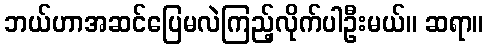
ဘယ်ဟာအဆင်ပြေမလဲကြည့်လိုက်ပါဦးမယ်။ ဆရာ။